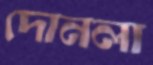
দোনলা